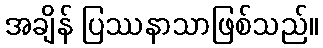
အချိန် ပြဿနာသာဖြစ်သည်။